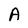
Character: A